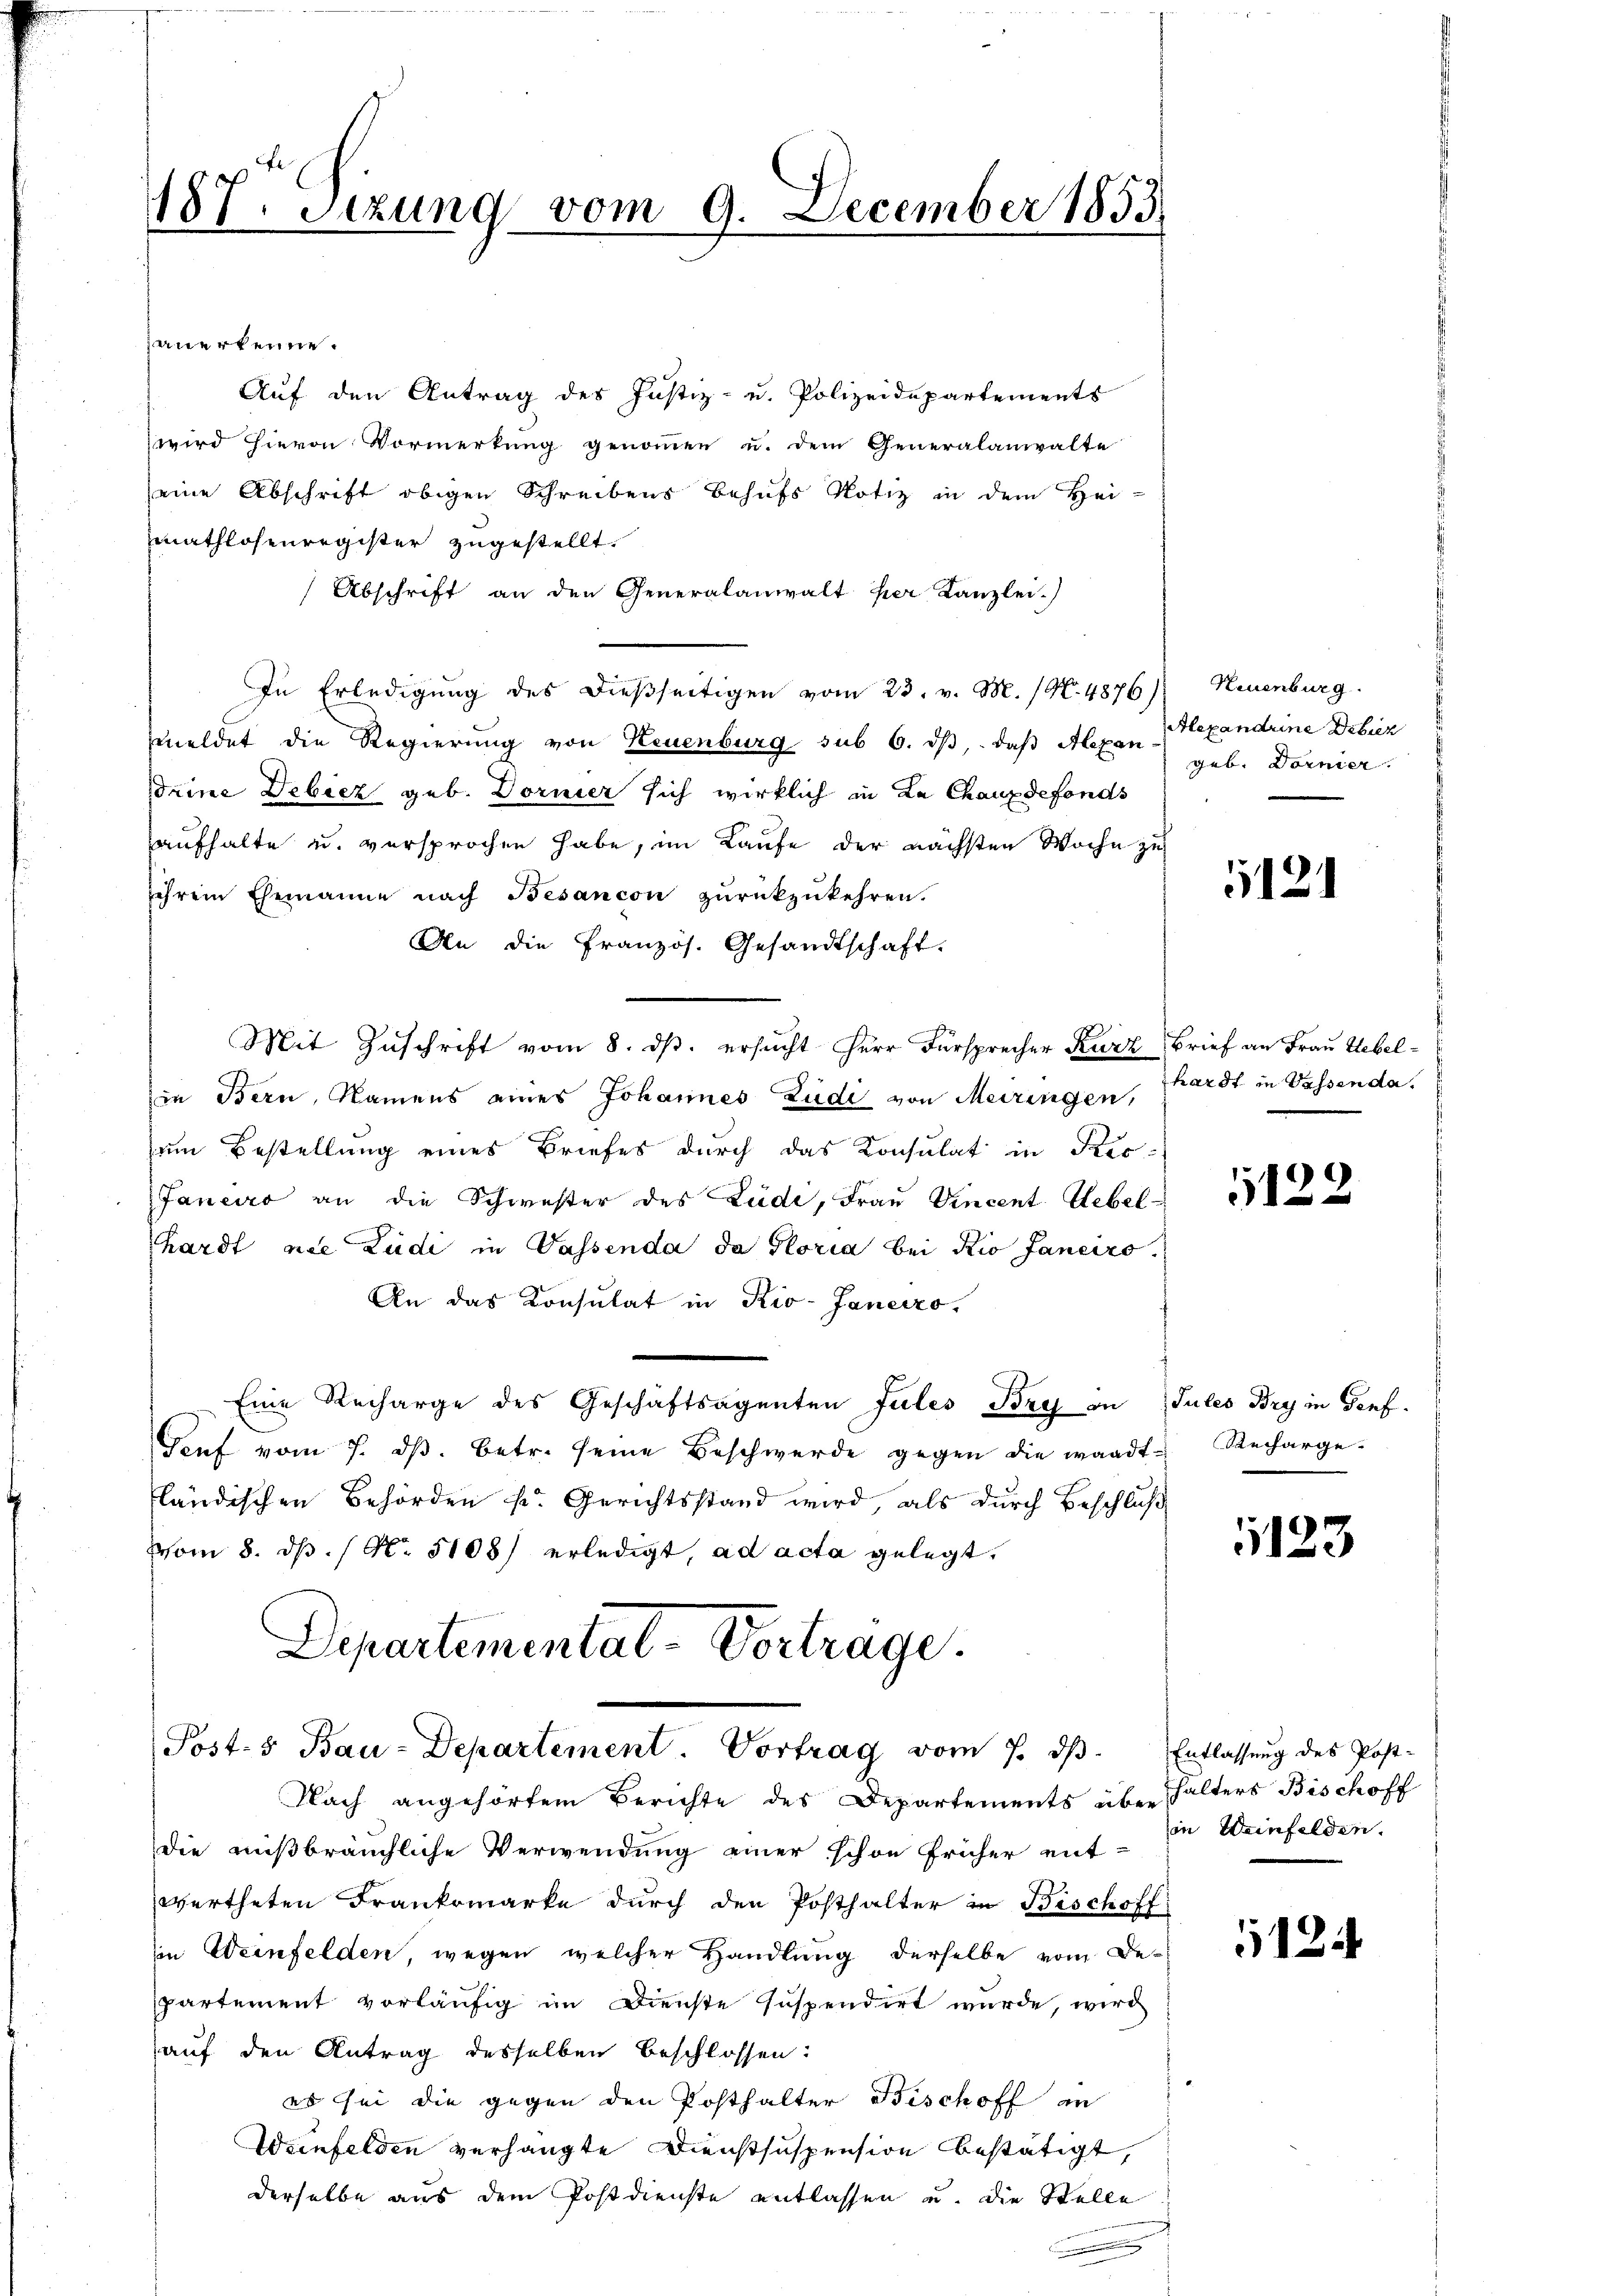
hauerkenne.
Auf den Antrag des Justiz- u. Polizeidepartements
wird hievon Vormerkung genommen u. dem Generalanwalte
seine Abschrift obigen Schreibens behufs Notiz in dem Hei-
mathlosenregister zugestellt.
Abschrift an den Generalanwalt der Kanzlei.
In Erledigung des dießseitigen vom 23. v. M. (N. 4876) Neuenburg
meldet die Regierung von Neuenburg sub 6. dß, daß Alexan
deine Debicz geb. Dornier sich wirklich in La Chauxdefonds
aufhalte u. versprochen habe, im Kaufe der nächsten Woche zu
ihrem Ehemanne nach Besancon zŭrückzukehren.
An die Pranzös. Gesandtschaft.
Mit Zuschrift vom 8. ds. ersucht Herr Fürsprecher Kurz Brief an Frau Uebelin Bern, Namens eines Johannes Zudi von Meiringen, hardt in Wassenda
um Bestellung eines Briefes durch das Konsulat in Ker¬
Janeiro an die Schwester des Lude, Fraŭ Vincent. Uebel-
hardt nie Zudi in Vassenda da Gloria bei Kio Janeiro
An das Konsulat in Kio-Janerzo
Eine Recharge des Geschäftsagenten Jules Bry an Tules Bry in Dorf.
Sorf vom 7. dβ. betr. seine Beschwerde gegen die waadt Recharge-
fländischen Behörden k. Gerichtsstand wird, als durch Beschluß
vom 8. ds. / N. 5108) erledigt, ad acta gelegt.
Departemental-Vortrage.

187. Sezung vom 9. December 1853

Post-5 Bau-Departement. Vortrag vom 7. dβ. Entlassŭng des Post-

Nach angehörtem Berichte des Departements über
die mißbräuchliche Verwendung einer schon früher ent-
wertheten Frankomarke durch den Posthalter in Bischoff
in Weinfelden, wegen welcher Handlung derselbe vom Bepartement vorläufig im Dienste suspendirt wurde, wird
auf den Antrag desselben beschlossen:
es sei die gegen den Posthalter Bischoff in
Weinfelden verhängte Dienstsuspension bestätigt,
derselbe aus dem Postdienste entlassen u. die Stelle
.

Alexandrine Debiez
geb. Dornier.

121

5122

1123

halters Bischoff
in Weinfelden.

1124